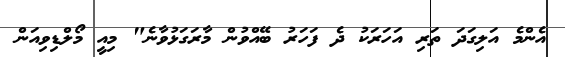
އެންމެ އަލިގަދަ ތަރި އަހަރަކު ދެ ފަހަރު ބޭއްވުން މާރަގަޅުވާނެ" މިއީ މޯލްޑިވިއަން